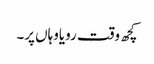
کچھ وقت رویاوہاں پر۔